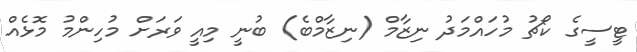
ޓީސީގެ ކޯޗު މުހައްމަދު ނިޒާމް (ނިޒާމްބެ) ބުނީ މިއީ ވަރަށް މުހިންމު މޮޅެއް